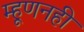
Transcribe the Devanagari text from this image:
म्हूणनही